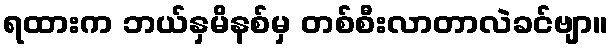
ရထားက ဘယ်နှမိနစ်မှ တစ်စီးလာတာလဲခင်ဗျာ။